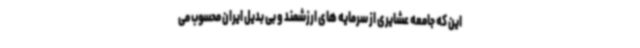
این که جامعه عشایری از سرمایه های ارزشمند و بی بدیل ایران محسوب می